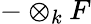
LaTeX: -\otimes_{k}F